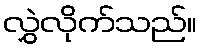
လွှဲလိုက်သည်။